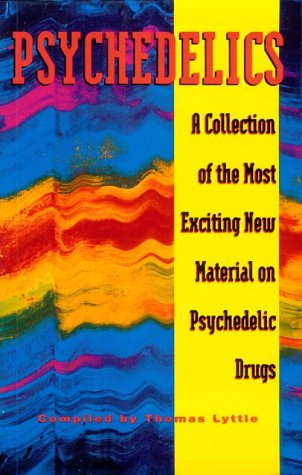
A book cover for Psychedelics; Medical Books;